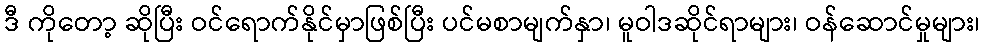
ဒီ ကိုတော့ ဆိုပြီး ဝင်ရောက်နိုင်မှာဖြစ်ပြီး ပင်မစာမျက်နှာ၊ မူဝါဒဆိုင်ရာများ၊ ဝန်ဆောင်မှုများ၊